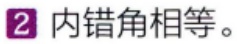
2 内错角相等。